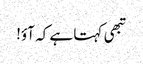
تبھی کہتا ہے کہ آؤ!